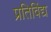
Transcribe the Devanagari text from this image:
प्रतिविंद्य